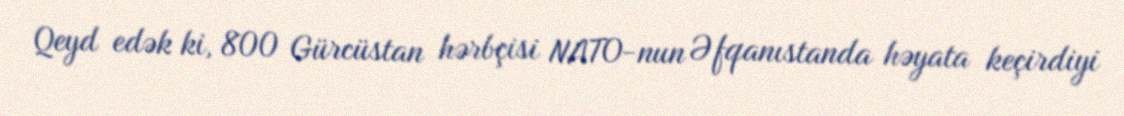
Qeyd edək ki, 800 Gürcüstan hərbçisi NATO-nun Əfqanıstanda həyata keçirdiyi